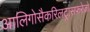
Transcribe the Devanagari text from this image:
आलिगोसैकरिलट्रांसफरेजों